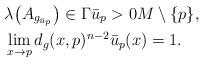
LaTeX: \begin{align*}&\lambda\big(A_{g_{\bar u_p}}\big) \in \Gamma \bar u_p > 0 M \setminus \{p\},\\&\lim_{x \rightarrow p} d_g(x,p)^{n-2} \bar u_p(x) = 1.\end{align*}